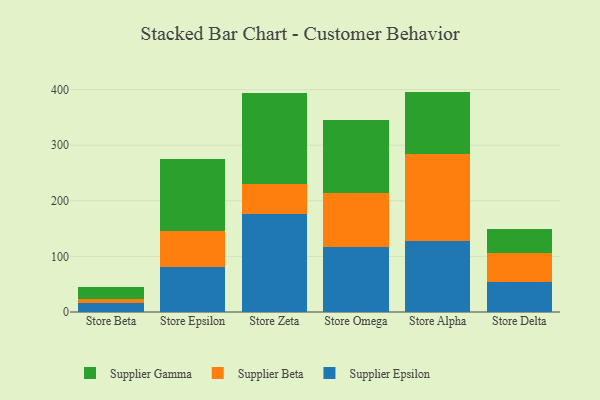
{"axis": {"x": "Store", "y": "Inventory Turnover"}, "legend": ["Supplier Beta", "Supplier Epsilon", "Supplier Gamma"], "data": [{"x": "Store Beta", "y": 17.0, "type": "Supplier Epsilon"}, {"x": "Store Beta", "y": 6.4, "type": "Supplier Beta"}, {"x": "Store Beta", "y": 21.4, "type": "Supplier Gamma"}, {"x": "Store Epsilon", "y": 81.4, "type": "Supplier Epsilon"}, {"x": "Store Epsilon", "y": 64.3, "type": "Supplier Beta"}, {"x": "Store Epsilon", "y": 130.0, "type": "Supplier Gamma"}, {"x": "Store Zeta", "y": 175.8, "type": "Supplier Epsilon"}, {"x": "Store Zeta", "y": 54.9, "type": "Supplier Beta"}, {"x": "Store Zeta", "y": 163.5, "type": "Supplier Gamma"}, {"x": "Store Omega", "y": 117.3, "type": "Supplier Epsilon"}, {"x": "Store Omega", "y": 96.0, "type": "Supplier Beta"}, {"x": "Store Omega", "y": 132.4, "type": "Supplier Gamma"}, {"x": "Store Alpha", "y": 127.7, "type": "Supplier Epsilon"}, {"x": "Store Alpha", "y": 156.1, "type": "Supplier Beta"}, {"x": "Store Alpha", "y": 112.6, "type": "Supplier Gamma"}, {"x": "Store Delta", "y": 54.1, "type": "Supplier Epsilon"}, {"x": "Store Delta", "y": 51.8, "type": "Supplier Beta"}, {"x": "Store Delta", "y": 43.6, "type": "Supplier Gamma"}]}